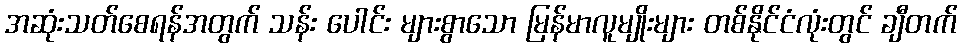
အဆုံးသတ်စေရန်အတွက် သန်း ပေါင်း များစွာသော မြန်မာလူမျိုးများ တစ်နိုင်ငံလုံးတွင် ချီတက်